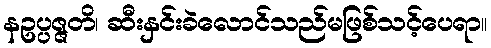
နဥပ္ပဇ္ဇတိ၊ ဆီးနှင်းခဲလောင်သည်မဖြစ်သင့်ပေရာ။